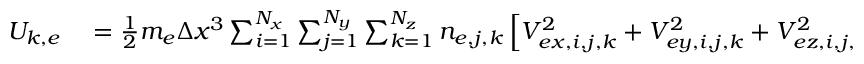
\begin{array} { r l } { U _ { k , e } } & { { } = \frac { 1 } { 2 } m _ { e } \Delta x ^ { 3 } \sum _ { i = 1 } ^ { N _ { x } } \sum _ { j = 1 } ^ { N _ { y } } \sum _ { k = 1 } ^ { N _ { z } } n _ { e , j , k } \left[ V _ { e x , i , j , k } ^ { 2 } + V _ { e y , i , j , k } ^ { 2 } + V _ { e z , i , j , k } ^ { 2 } \right] } \end{array}